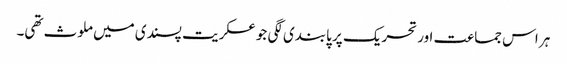
ہر اس جماعت اور تحریک پر پابندی لگی جو عسکریت پسندی میں ملوث تھی۔